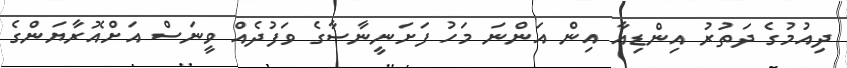
ދިއުމުގެ ދަތުރު އިންޑިއާ އިން އަންނަ މަހު ފަށަނީނާސާގެ ވަފުދެއް ވީނަސް އަށްއޮރާޔަންގެ